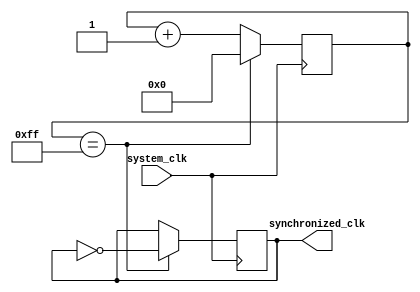
module timing_control(
    input wire system_clk,
    output wire synchronized_clk
);

reg [7:0] counter;

always @(posedge system_clk) begin
    if (counter == 8'hFF) begin
        counter <= 8'h00; // Reset counter
        synchronized_clk <= ~synchronized_clk; // Toggle synchronized clock signal
    end else begin
        counter <= counter + 1; // Increment counter
    end
end

endmodule